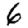
Digit: 6